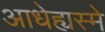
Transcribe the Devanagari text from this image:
आधेह्यस्मे